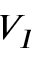
V _ { I }